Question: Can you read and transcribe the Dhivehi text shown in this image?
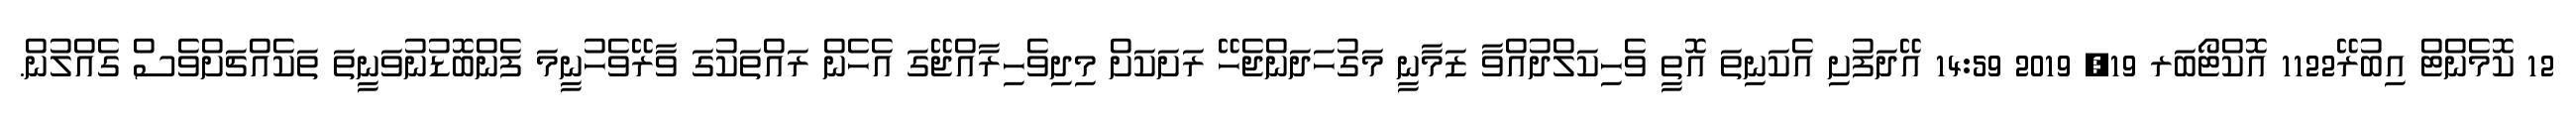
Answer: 12 ކޮމެންޓް އިބުރޭ1122 އޮކްޓޯބަރ 19, 2019 14:59 އޭދަފުށި އެކަނިތަ އޮތީ ވެހިކަލްދުއްވާ ޒަމާނީ މަގުހަދަންޖެހޭ ރަށަކަށް މިދިވެހިރާއްޖޭގަ އެހެން ރައްތަކުގަ ވާރޭވެހުނީމަ ފެންބޮޑުނުވަނީތަ ތަކެއްޗަށްވެސް ގެއްލުން.